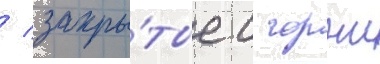
/ закры́тые с горжи